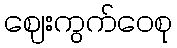
ဈေးကွက်ဝေစု